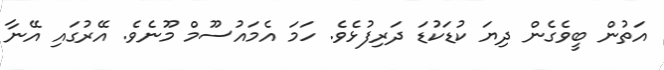
އަތުން ބީވެގެން ދިޔަ ކުޑަކުޑަ ދަރިފުޅެވެ. ހަމަ އެމައުސޫމް މޫނެވެ. އޭރުގައި އޭނާ